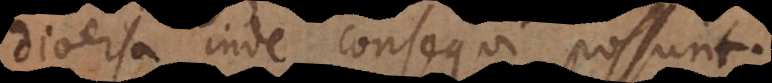
diversa inde consequi possunt.